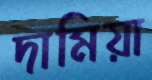
দামিয়া